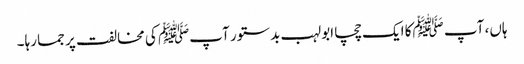
ہاں، آپ ﷺکا ایک چچا ابولہب بدستور آپﷺ کی مخالفت پر جما رہا۔